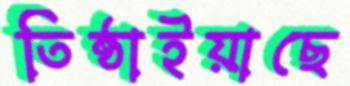
তিষ্ঠাইয়াছে